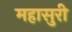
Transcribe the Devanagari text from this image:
महासुरी